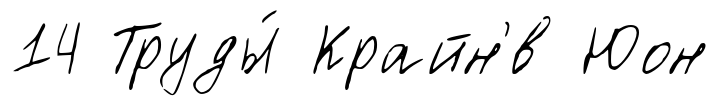
14 Труды́ Крайн'́в Юон